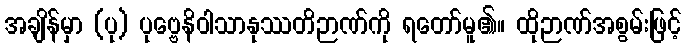
အချိန်မှာ (ပု) ပုဗ္ဗေနိဝါသာနုဿတိဉာဏ်ကို ရတော်မူ၏။ ထိုဉာဏ်အစွမ်းဖြင့်